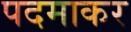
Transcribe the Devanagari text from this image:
पदमाकर